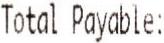
TOTAL PAYABLE: